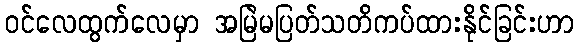
ဝင်လေထွက်လေမှာ အမြဲမပြတ်သတိကပ်ထားနိုင်ခြင်းဟာ